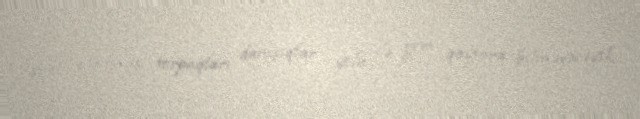
işğal olunmuş torpaqları danışıqlar yolu ilə geri qaytara bilməyəcəyik.